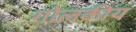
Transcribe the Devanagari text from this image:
गोलकीय